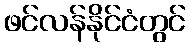
ဖင်လန်နိုင်ငံတွင်